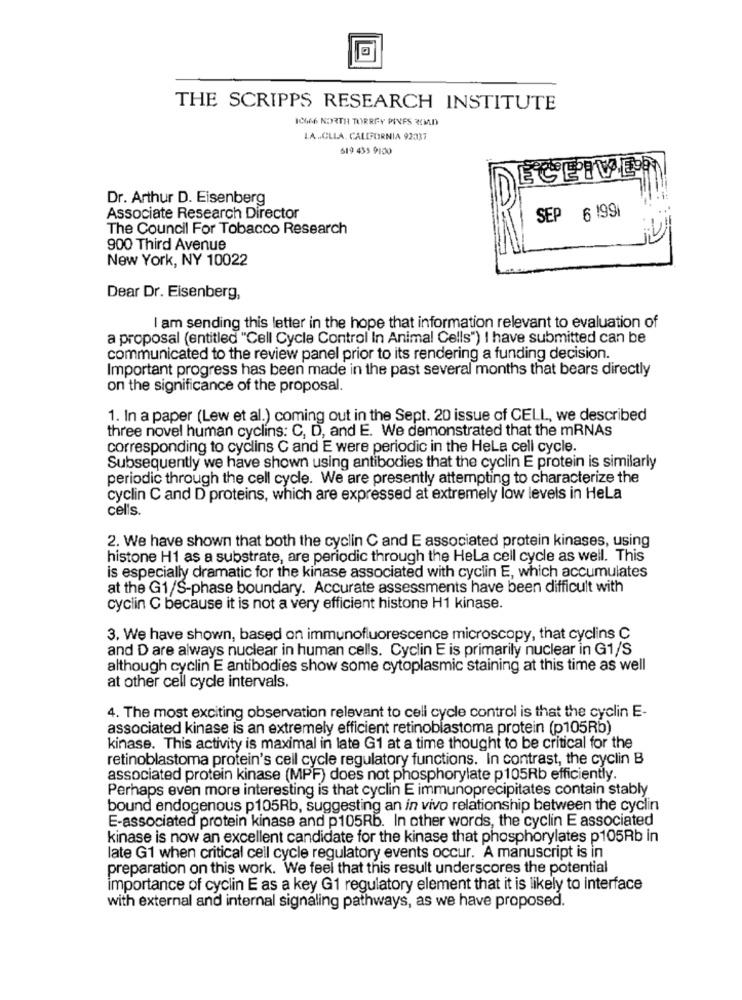
THE SCRIPPS RESEARCH INSTITUTE
ICON6 NORTH TORREY PINES 3OMD
LA .. CLLA. CALIFORNIA 92037
619 435 9100
Dr. Arthur D. Eisenberg
Associate Research Director
SEP 6 199
The Council For Tobacco Research
900 Third Avenue
New York, NY 10022
Dear Dr. Eisenberg,
I am sending this letter in the hope that information relevant to evaluation of
a proposal (entitled "Cell Cycle Control In Animal Cells") I have submitted can be
communicated to the review panel prior to its rendering a funding decision.
Important progress has been made in the past several months that bears directly
on the significance of the proposal.
1. In a paper (Lew et al.) coming out in the Sept. 20 issue of CELL, we described
three novel human cycling: C, D, and E. We demonstrated that the mRNAs
corresponding to cyclins C and E were periodic in the HeLa cell cycle.
Subsequently we have shown using antibodies that the cyclin E protein is similarly
periodic through the cell cycle. We are presently attempting to characterize the
cyclin C and D proteins, which are expressed at extremely low levels in HeLa
cells.
2. We have shown that both the cyclin C and E associated protein kinases, using
histone H1 as a substrate, are periodic through the Hela cell cycle as well. This
is especially dramatic for the kinase associated with cyclin E, which accumulates
at the G1/S-phase boundary. Accurate assessments have been difficult with
cyclin C because it is not a very efficient histone H1 kinase.
3. We have shown, based on immunofluorescence microscopy, that cyclins C
and D are always nuclear in human cells. Cyclin E is primarily nuclear in G1/S
although cyclin E antibodies show some cytoplasmic staining at this time as well
at other cell cycle intervals.
4. The most exciting observation relevant to cell cycle control is that the cyclin E-
associated kinase is an extremely efficient retinoblastoma protein (p105Rb)
kinase. This activity is maximal in late G1 at a time thought to be critical for the
retinoblastoma protein's cell cycle regulatory functions. In contrast, the cyclin B
associated protein kinase (MPF) does not phosphorylate p105Rb efficiently.
Perhaps even more interesting is that cyclin E immunoprecipitates contain stably
bound endogenous p105Rb, suggesting an in vivo relationship between the cyclin
E-associated protein kinase and p105Rb. In other words, the cyclin E associated
kinase is now an excellent candidate for the kinase that phosphorylates p105Rb in
late G1 when critical cell cycle regulatory events occur. A manuscript is in
preparation on this work. We feel that this result underscores the potential
importance of cyclin E as a key G1 regulatory element that it is likely to interface
with external and internal signaling pathways, as we have proposed.